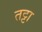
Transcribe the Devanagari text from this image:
तट्टा